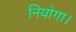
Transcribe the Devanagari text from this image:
नियोगा।